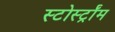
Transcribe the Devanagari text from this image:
स्टोर्स्ट्रॉम